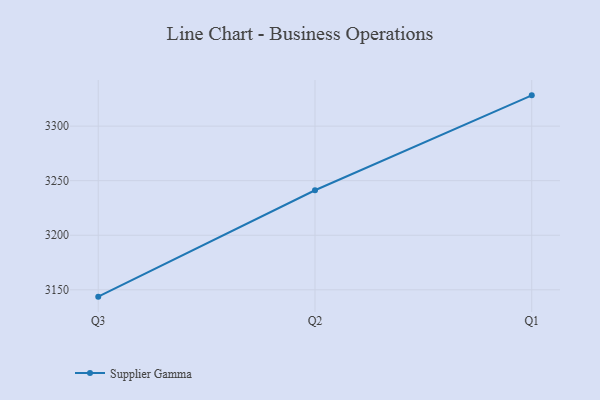
{"axis": {"x": "Quarter", "y": "Inventory Turnover"}, "legend": ["Supplier Gamma"], "data": [{"x": "Q3", "y": 3143.7, "type": "Supplier Gamma"}, {"x": "Q2", "y": 3241.2, "type": "Supplier Gamma"}, {"x": "Q1", "y": 3328.2, "type": "Supplier Gamma"}]}